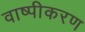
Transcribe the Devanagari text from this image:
वाष्‍पीकरण